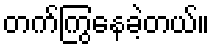
တက်ကြွနေခဲ့တယ်။